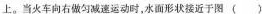
上。当火车向右做匀减速运动时，水面形状接近于图()